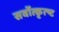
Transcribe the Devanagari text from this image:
सर्वोत्कृत्ष्ट